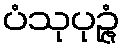
ပံသုပုဉ္ဇံ